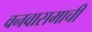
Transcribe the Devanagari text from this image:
वनवासमाची